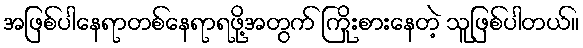
အဖြစ်ပါနေရာတစ်နေရာရဖို့အတွက် ကြိုးစားနေတဲ့ သူဖြစ်ပါတယ်။